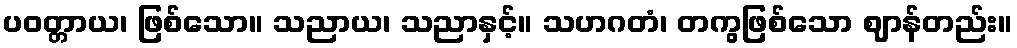
ပဝတ္တာယ၊ ဖြစ်သော။ သညာယ၊ သညာနှင့်။ သဟဂတံ၊ တကွဖြစ်သော ဈာန်တည်း။